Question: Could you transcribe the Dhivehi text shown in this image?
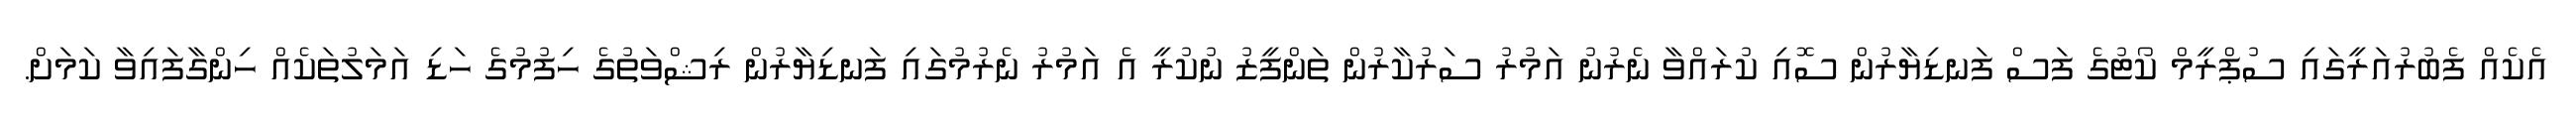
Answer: އެކެއް ފެބުރުއަރީގައި ސުޕްރީމް ކޯޓުގެ ފަސް ފަނޑިޔާރުން ސޮއި ކުރައްވާ ނެރުނު އަމުރު ސަރުކާރުން ތަންފީޒު ނުކުރީ އެ އަމުރު ނެރުމުގައި ފަނޑިޔާރުން ރިޝްވަތުގެ ހިފުމުގެ ހަޑި އަމަލުތަކެއް ހިންގާފައިވާ ކަމަށް.